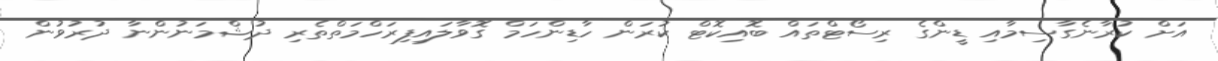
އަށް ކުރާނެގާސިމާއި ޑީންގެ ރިސޯޓްތައް ބޮއިކޮޓް ކުރަން ހާޑިންހަމް ގޮވާލައިފިރަހްމަތްތެރި ދުޝްމަނުންނާ ދުރުވުން